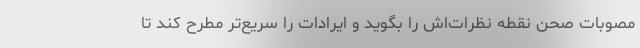
مصوبات صحن نقطه نظرات‌اش را بگوید و ایرادات را سریع‌تر مطرح کند تا